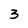
Character: 3